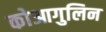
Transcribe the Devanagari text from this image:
कोआगुलिन